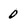
Character: 0